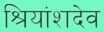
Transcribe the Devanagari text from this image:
श्रियांशदेव